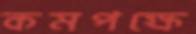
কমপক্ষে